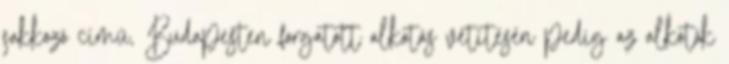
sakkozó című, Budapesten forgatott alkotás vetítésén pedig az alkotók